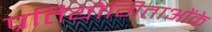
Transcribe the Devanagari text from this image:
प्रतियोगिताओंके